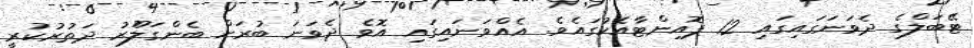
ޓޭބަލްގެ ދެވަނަގައިގައި 12 ޕޮއިންޓާއެކުގައެވެ. އެއްވަނައިގައި އޮވެ ދެވަނަ ބުރަށް ބެންގަލޫެރު ދަތުރުކުރީ